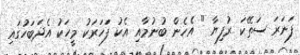
ފަނަރަ ސަތޭކަ ރުފިޔާ " އެހެން ބުނުމާއި އެކު ފަަހަރަކު މީހަކު އެދަބަހުގައި